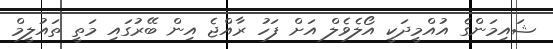
ޝައިމަންގެ އުއްމީދަކީ އޯލެވެލް އަށް ފަހު ރާއްޖެ އިން ބޭރުގައި މަތީ ތައުލީމް